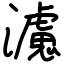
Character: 濾